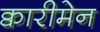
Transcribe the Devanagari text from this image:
क्वारीमेन